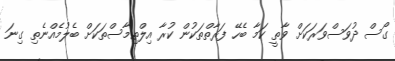
ގޯސް ދުވަސްވަރަކަށް ވާތީ ކަމާ ބެހޭ ފަރާތްތަކުން ކުރާ އިލްތިމާސްތަކަށް ބެލުމެއްނެތި ގިނަ